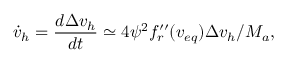
\dot { v } _ { h } = { \frac { d \Delta v _ { h } } { d t } } \simeq 4 { \psi } ^ { 2 } f _ { r } ^ { \prime \prime } ( v _ { e q } ) \Delta v _ { h } / M _ { a } ,